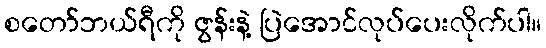
စတော်ဘယ်ရီကို ဇွန်းနဲ့ ပြဲအောင်လုပ်ပေးလိုက်ပါ။